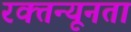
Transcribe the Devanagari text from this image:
रक्तन्यूनता